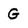
Character: G